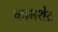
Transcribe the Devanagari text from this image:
कामशेट